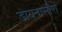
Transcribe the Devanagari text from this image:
डायनासौरों